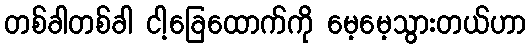
တစ်ခါတစ်ခါ ငါ့ခြေထောက်ကို မေ့မေ့သွားတယ်ဟာ